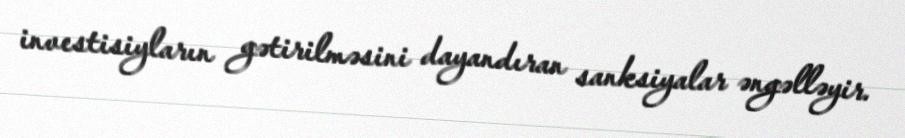
investisiyların gətirilməsini dayandıran sanksiyalar əngəlləyir.